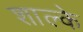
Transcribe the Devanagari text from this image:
शाल्के